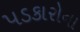
પડકારોના